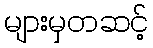
များမှတဆင့်